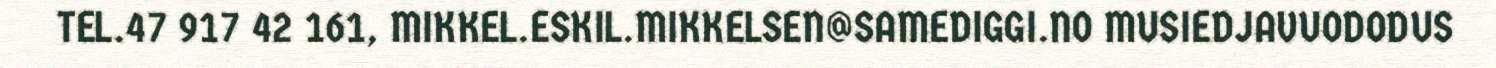
TEL.47 917 42 161, MIKKEL.ESKIL.MIKKELSEN@SAMEDIGGI.NO MUSIEDJAVUODODUS